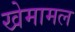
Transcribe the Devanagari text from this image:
खेमामल